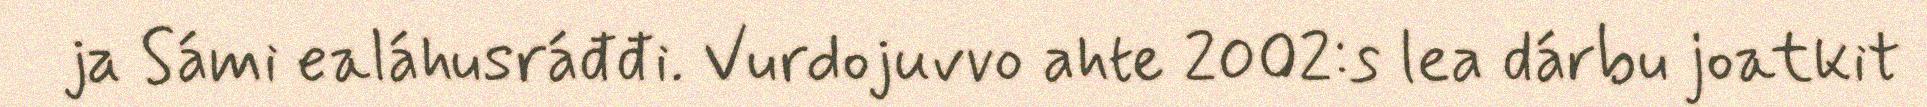
ja Sámi ealáhusráđđi. Vurdojuvvo ahte 2002:s lea dárbu joatkit